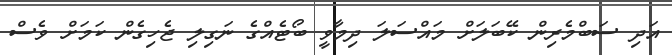
އަދި ސަބްމެރިން ކޭބަލަށް މައްސަލަ ދިމާވީ ބޯޓެއްގެ ނަގިލި ޖެހިގެން ކަމަށް ވެސް